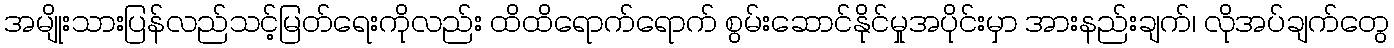
အမျိုးသားပြန်လည်သင့်မြတ်ရေးကိုလည်း ထိထိရောက်ရောက် စွမ်းဆောင်နိုင်မှုအပိုင်းမှာ အားနည်းချက်၊ လိုအပ်ချက်တွေ